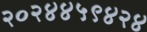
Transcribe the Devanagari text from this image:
२०२४४५९४२४